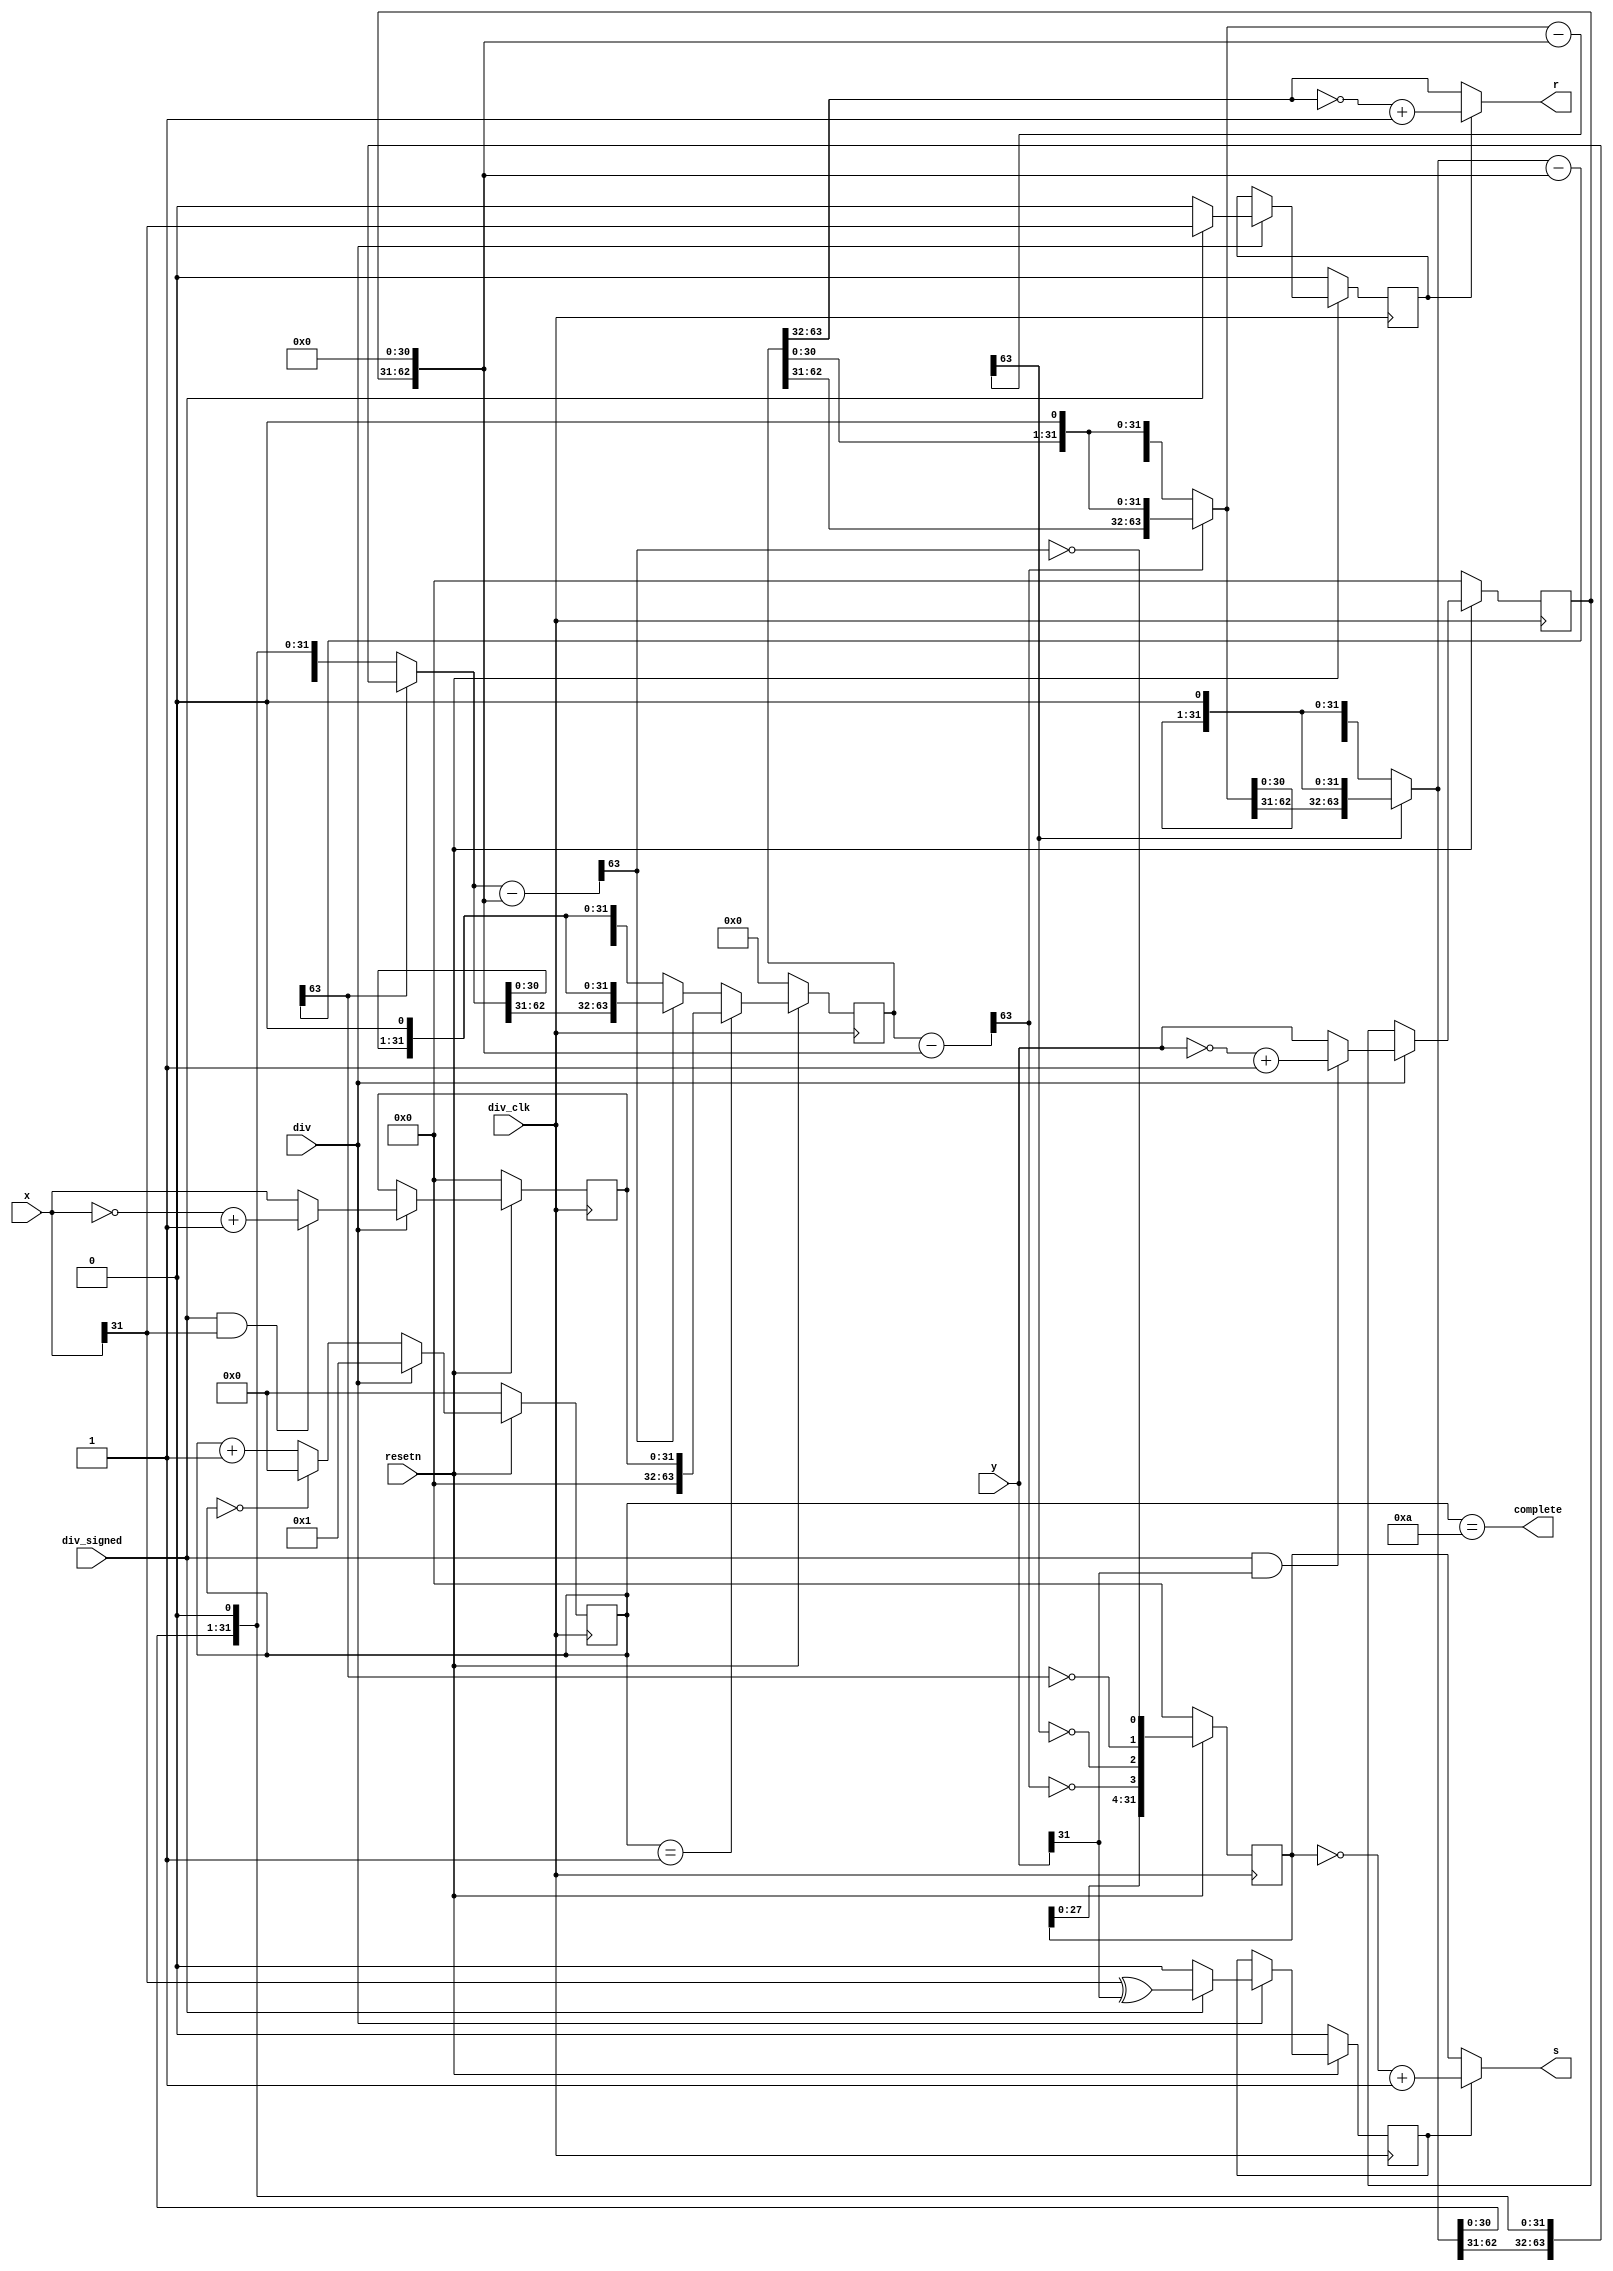
module div(
	input  wire        div_clk,
	input  wire        resetn,
	input  wire        div,
	input  wire        div_signed,
	input  wire [31:0] x,
	input  wire [31:0] y,
	output wire [31:0] s,
	output wire [31:0] r,
	output wire        complete
);

reg  [ 3:0] count;
reg  [31:0] x_uns, y_uns;
reg         s_sign, r_sign;
reg  [63:0] A;
wire [63:0] B;
reg  [31:0] Q;
wire [63:0] diff, diff2;
wire [63:0] next_A;
wire        q, q2;
wire [63:0] A2;
wire [31:0] Q2;
wire [31:0] s_s, r_s, s_us, r_us;

wire [63:0] diff3, diff4;
wire [63:0] A3, A4;
wire [31:0] Q3, Q4;
wire        q3, q4;

assign diff = A - B;
assign diff2 = A2 - B;
assign diff3 = A3 - B;
assign diff4 = A4 - B;
assign A2 = (q)? {diff[62:31], A[30:0], 1'b0} : {A[62:0], 1'b0};
assign A3 = (q2)? {diff2[62:31], A2[30:0], 1'b0} : {A2[62:0], 1'b0};
assign A4 = (q3)? {diff3[62:31], A3[30:0], 1'b0} : {A3[62:0], 1'b0};
assign Q2 = {Q[30:0], q};
assign Q3 = {Q2[30:0], q2};
assign Q4 = {Q3[30:0], q3};
assign q = ~diff[63];
assign q2 = ~diff2[63];
assign q3 = ~diff3[63];
assign q4 = ~diff4[63];

assign B = {1'b0, y_uns, 31'b0};

assign next_A = (count == 5'd1)?{32'd0, x_uns} :
				(q4)? {diff4[62:31], A4[30:0], 1'b0} : {A4[62:0], 1'b0};

always @ (posedge div_clk)
begin
	if(~resetn)
	begin
		A      <= 64'd0;
		Q      <= 32'd0;
		count  <= 5'd0;
		x_uns  <= 32'd0;
		y_uns  <= 32'd0;
		s_sign <= 1'd0;
		r_sign <= 1'd0;
	end else begin
		A <= next_A;
		Q <= {Q4[30:0], q4};
		count <= (div)? 1 : 
				 (count == 5'd0)?0 : count + 1;
		x_uns <= (~div)?x_uns : 
				 (div_signed & x[31])?(~x + 1) : x;
		y_uns <= (~div)?y_uns : 
				 (div_signed & y[31])?(~y + 1) : y;
		s_sign <= (~div)?s_sign : 
				  (div_signed)?(x[31] ^ y[31]) : 0;
		r_sign <= (~div)?r_sign : 
				  (div_signed)?x[31] : 0;
	end
end

assign complete = count == 10;

assign s_us = Q;
assign r_us = A[63:32];

assign s_s = ~Q + 1;
assign r_s = ~r_us + 1;

assign s = (s_sign)?s_s : s_us;
assign r = (r_sign)?r_s : r_us;

endmodule